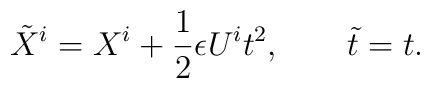
{\tilde X^i} = X^i + \frac{1}{2}\epsilon U^i t^2, \qquad  {\tilde t}=t .